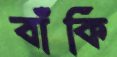
বাঁকি